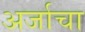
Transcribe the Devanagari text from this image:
अर्जाचा